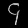
Digit: ၄